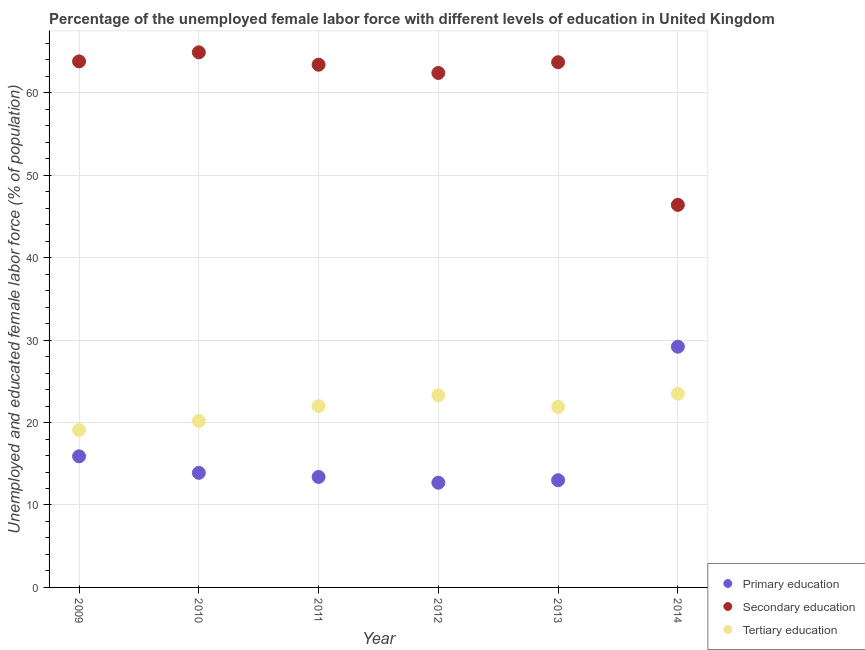
| Year | Primary education | Secondary education | Tertiary education |
 | --- | --- | --- | --- |
 | 2009 | 15.9 | 63.8 | 19.1 |
 | 2010 | 13.9 | 64.9 | 20.2 |
 | 2011 | 13.4 | 63.4 | 22 |
 | 2012 | 12.7 | 62.4 | 23.3 |
 | 2013 | 13 | 63.7 | 21.9 |
 | 2014 | 29.2 | 46.4 | 23.5 |